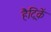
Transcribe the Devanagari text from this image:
हैट्रिकें